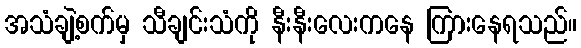
အသံချဲ့စက်မှ သီချင်းသံကို နီးနီးလေးကနေ ကြားနေရသည်။